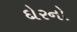
દોરનો